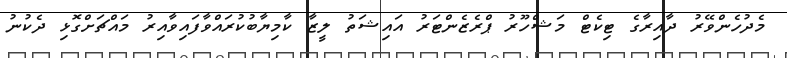
މެދުހެންވޭރު ދާއިރާގެ ޓިކެޓް މަޝްހޫރު ޕްރެޒެންޓަރު އައިޝަތު ލީޒާ ކާމިޔާބުކުރައްވާފައިވާއިރު މައްޗަށްގޮޅި ދެކުނު